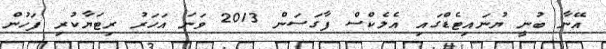
އޭނާ ބުނީ ޔުނައިޓެޑްގައި އެލެކްސް ފާގަސަން 2013 ވަނަ އަހަރު ރިޓަޔާކުރި ފަހުން